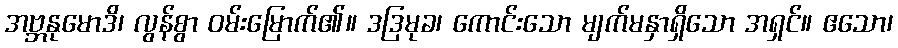
အဗ္ဘနုမောဒိ၊ လွန်စွာ ဝမ်းမြောက်၏။ ဒဒြမုခ၊ ကောင်းသော မျက်မနှာရှိသော အရှင်။ ဧသော၊